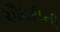
ચૌધરીની